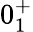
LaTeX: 0_{1}^{+}